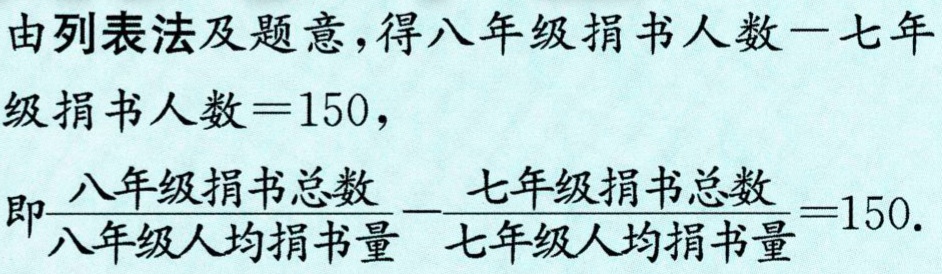
由列表法及题意，得八年级捐书人数$-$七年级捐书人数$=150$，

即$\frac{八年级捐书总数}{八年级人均捐书量}-\frac{七年级捐书总数}{七年级人均捐书量}=150$.